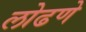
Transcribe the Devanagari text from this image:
लोढणे